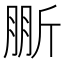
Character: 𣂤